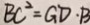
B C ^ { 2 } = G D \cdot B